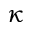
\kappa